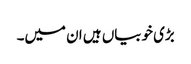
بڑی خوبیاں ہیں ان میں۔